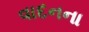
વાદનના